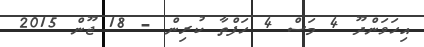
އިހަވަންދޫ 4 މަސް 4 ހަފްތާ ކުރިން - 18 ޖޫން 2015